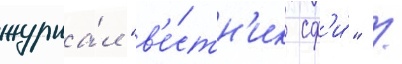
журна́л "в'е́стн'ик сф'и́" /